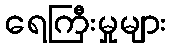
ရေကြီးမှုများ